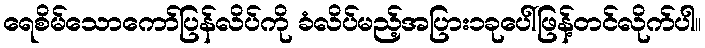
ရေစိမ်သောကော်ပြန်လိပ်ကို ခံလိပ်မည့်အပြား၁ခုပေါ်ဖြန့်တင်လိုက်ပါ။